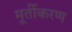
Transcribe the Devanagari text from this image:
मूर्तीकरण